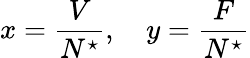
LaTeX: x=\frac{V}{N^{\star}},\quad y=\frac{F}{N^{\star}}